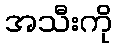
အသီးကို